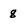
Character: 8